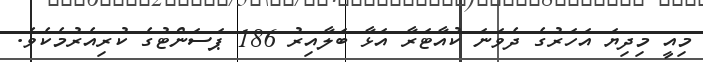
މިއީ މިދިޔަ އަހަރުގެ ދެވަނަ ކުއާޓަރާ އަޅާ ބަލާއިރު 186 ޕަސަންޓުގެ ކުރިއެރުމެކެވެ.